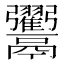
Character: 𩱲